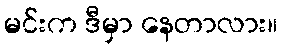
မင်းက ဒီမှာ နေတာလား။